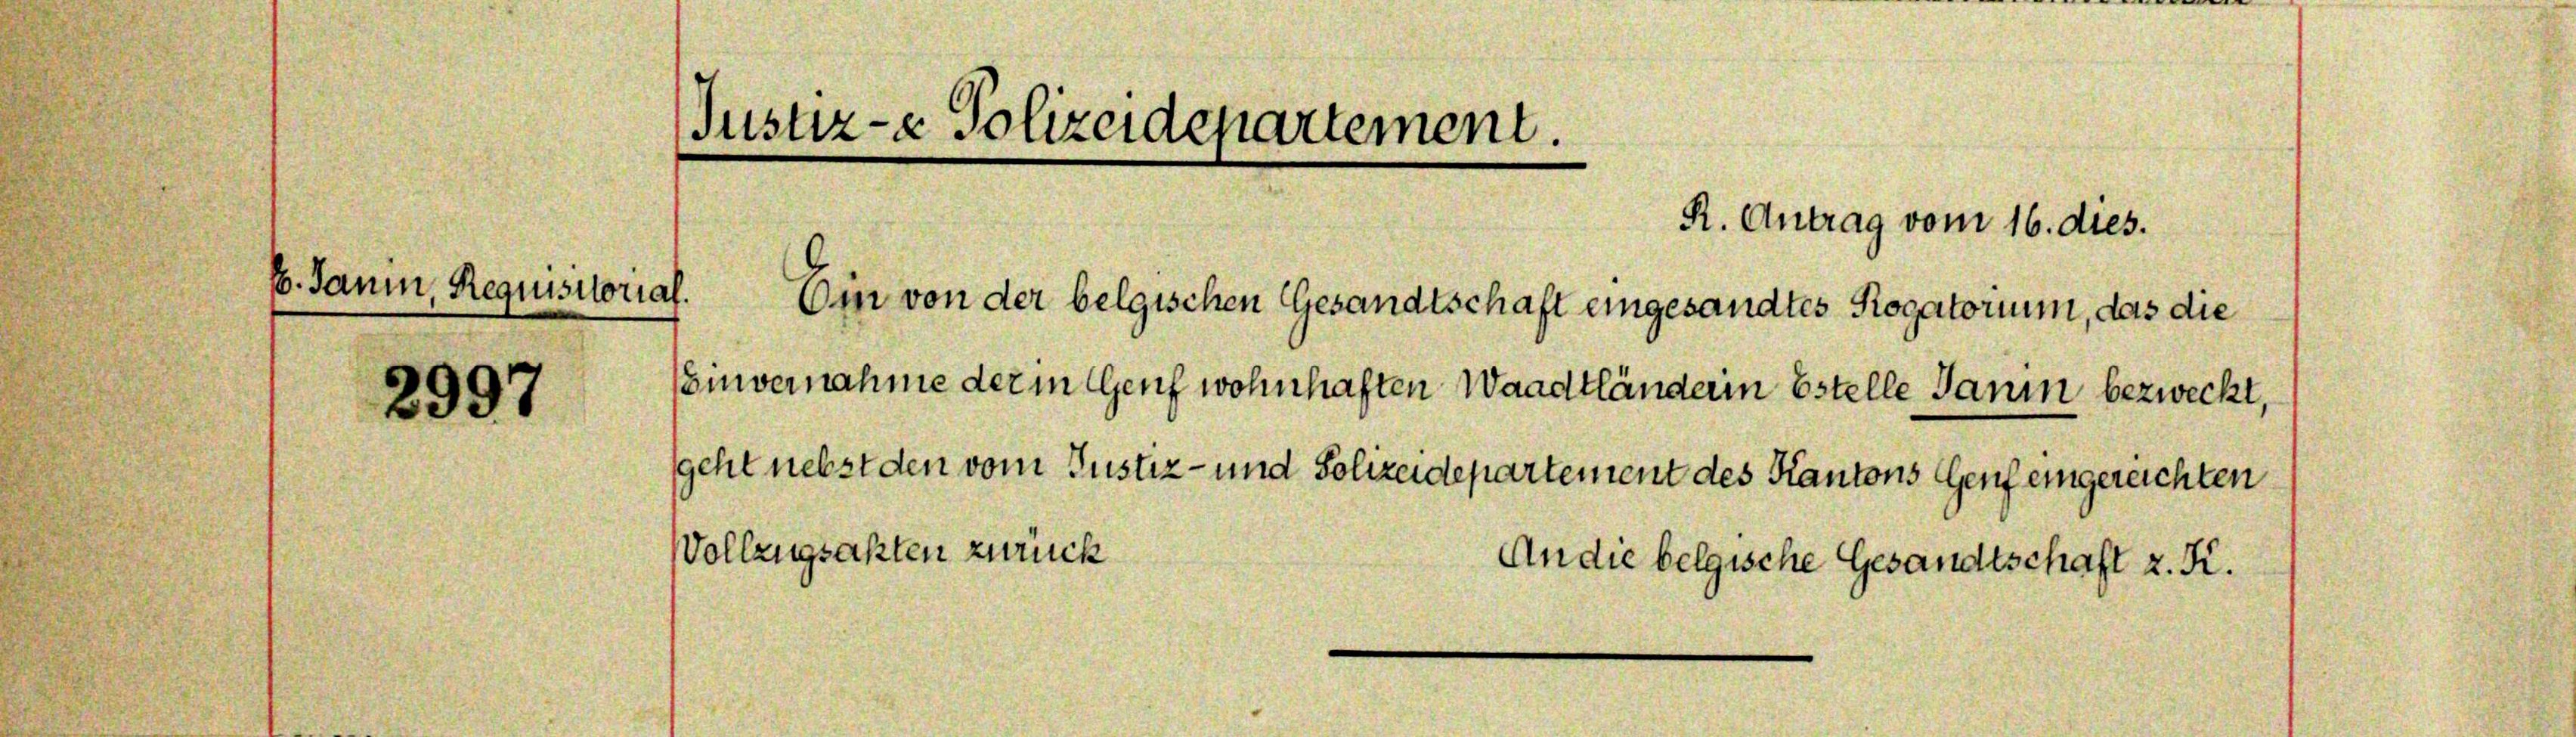
E. Janin, Requisitorial.

R. Antrag vom 16. dies.
Ein von der belgischen Gesandtschaft eingesandtes Rogatorium, das die
Einvernahme der in Genf wohnhaften Waadtländerin Estelle Janin bezweckt,

geht nebst den vom Justiz- und Polizeidepartement des Kantons Genf eingereichten

Vollzugsakten zurück
An die belgische Gesandtschaft z. K.

Justiz- & Polizeidepartement.